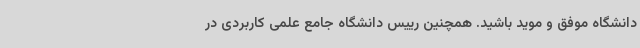
دانشگاه موفق و موید باشید. همچنین رییس دانشگاه جامع علمی کاربردی در